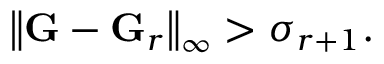
\left\lVert \mathbf { G } - \mathbf { G } _ { r } \right\rVert _ { \infty } > \sigma _ { r + 1 } .